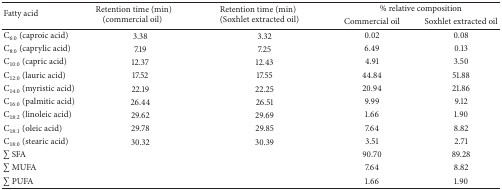
<table><thead><tr><td rowspan="2"><b>Fatty acid</b></td><td rowspan="2"><b>Retention time (min) (commercial oil)</b></td><td rowspan="2"><b>Retention time (min) (Soxhlet extracted oil)</b></td><td colspan="2"><b>% relative composition</b></td></tr><tr><td><b>Commercial oil </b></td><td><b>Soxhlet extracted oil</b></td></tr></thead><tbody><tr><td>C<sub>6:0</sub> (caproic acid)</td><td>3.38</td><td>3.32</td><td>0.02</td><td>0.08</td></tr><tr><td>C<sub>8:0</sub> (caprylic acid)</td><td>7.19</td><td>7.25</td><td>6.49</td><td>0.13</td></tr><tr><td>C<sub>10:0</sub> (capric acid)</td><td>12.37</td><td>12.43</td><td>4.91</td><td>3.50</td></tr><tr><td>C<sub>12:0</sub> (lauric acid)</td><td>17.52</td><td>17.55</td><td>44.84</td><td>51.88</td></tr><tr><td>C<sub>14:0</sub> (myristic acid)</td><td>22.19</td><td>22.25</td><td>20.94</td><td>21.86</td></tr><tr><td>C<sub>16:0</sub> (palmitic acid)</td><td>26.44</td><td>26.51</td><td>9.99</td><td>9.12</td></tr><tr><td>C<sub>18:2</sub> (linoleic acid)</td><td>29.62</td><td>29.69</td><td>1.66</td><td>1.90</td></tr><tr><td>C<sub>18:1</sub> (oleic acid)</td><td>29.78</td><td>29.85</td><td>7.64</td><td>8.82</td></tr><tr><td>C<sub>18:0</sub> (stearic acid)</td><td>30.32</td><td>30.39</td><td>3.51</td><td>2.71</td></tr><tr><td>∑SFA</td><td> </td><td> </td><td>90.70</td><td>89.28</td></tr><tr><td>∑MUFA</td><td> </td><td> </td><td>7.64</td><td>8.82</td></tr><tr><td>∑PUFA</td><td> </td><td> </td><td>1.66</td><td>1.90</td></tr></tbody></table>